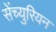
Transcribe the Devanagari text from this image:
सेंच्युरियन